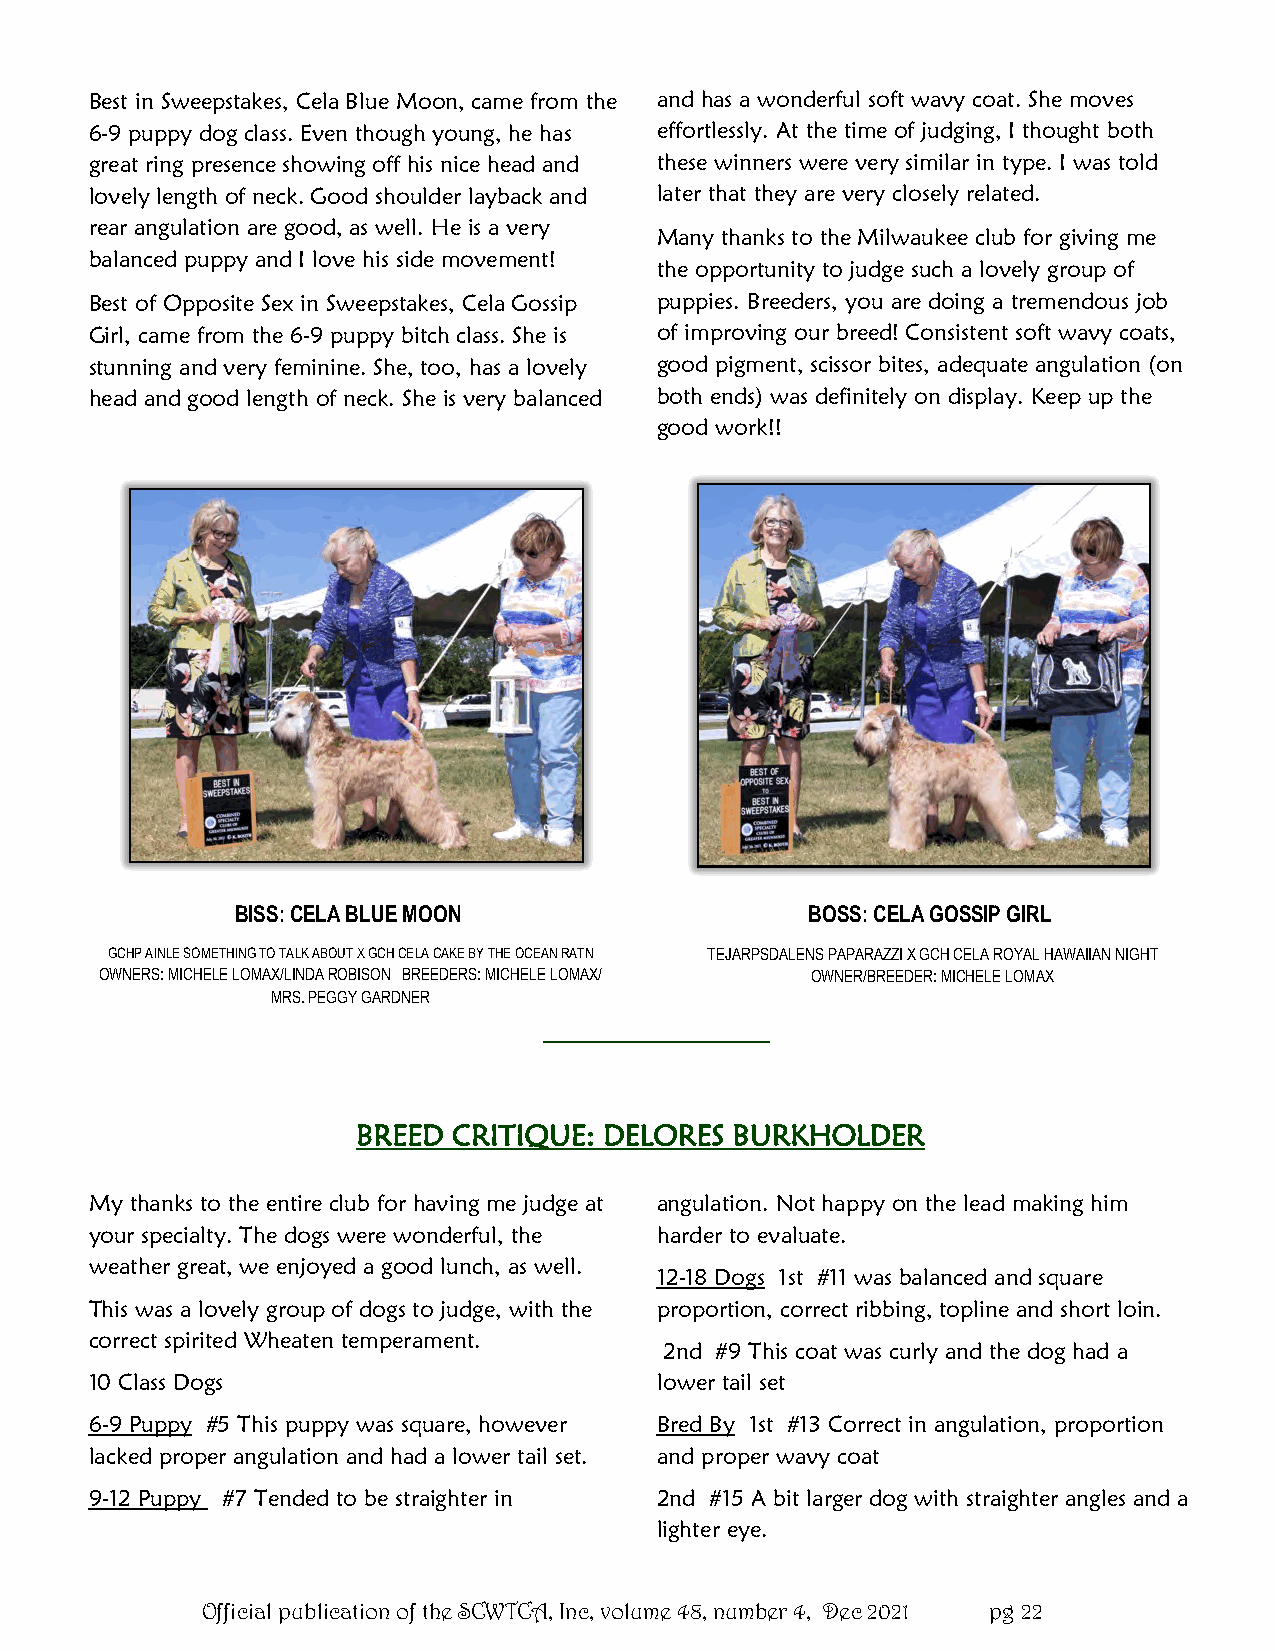
Best in Sweepstakes, Cela Blue Moon, came from the and has a wonderful soft wavy coat. She moves
 6-9 puppy dog class. Even though young, he has effortlessly. At the time of judging, I thought both
 great ring presence showing off his nice head and these winners were very similar in type. I was told
 lovely length of neck. Good shoulder layback and later that they are very closely related.
 rear angulation are good, as well. He is a very
 Many thanks to the Milwaukee club for giving me
 balanced puppy and I love his side movement!
 the opportunity to judge such a lovely group of
 Best of Opposite Sex in Sweepstakes, Cela Gossip puppies. Breeders, you are doing a tremendous job
 Girl, came from the 6-9 puppy bitch class. She is of improving our breed! Consistent soft wavy coats,
 stunning and very feminine. She, too, has a lovely good pigment, scissor bites, adequate angulation (on
 head and good length of neck. She is very balanced both ends) was definitely on display. Keep up the
 good work!!
 BISS: CELA BLUE MOON                  BOSS: CELA GOSSIP GIRL
 GCHP AINLE SOMETHING TO TALK ABOUT X GCH CELA CAKE BY THE OCEAN RATN TEJARPSDALENS PAPARAZZI X GCH CELA ROYAL HAWAIIAN NIGHT
 OWNERS: MICHELE LOMAX/LINDA ROBISON BREEDERS: MICHELE LOMAX/ OWNER/BREEDER: MICHELE LOMAX
 MRS. PEGGY GARDNER
 BREED CRITIQUE: DELORES  BURKHOLDER
 My thanks to the entire club for having me judge at angulation. Not happy on the lead making him
 your specialty. The dogs were wonderful, the harder to evaluate.
 weather great, we enjoyed a good lunch, as well.
 12-18 Dogs 1st #11 was balanced and square
 This was a lovely group of dogs to judge, with the proportion, correct ribbing, topline and short loin.
 correct spirited Wheaten temperament.
 2nd #9 This coat was curly and the dog had a
 10 Class Dogs                        lower tail set
 6-9 Puppy #5 This puppy was square, however Bred By 1st #13 Correct in angulation, proportion
 lacked proper angulation and had a lower tail set. and proper wavy coat
 9-12 Puppy #7 Tended to be straighter in 2nd #15 A bit larger dog with straighter angles and a
 lighter eye.
 Official publication of the SCWTCA, Inc, volume 48, number 4, Dec 2021 pg 22